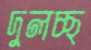
দুলচ্ছ